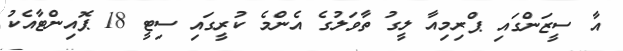
އާ ސީޒަންގައި ޕްރިމިއާ ލީގު ތާވަލުގެ އެންމެ ކުރީގައި ސިޓީ 18 ޕޮއިންޓާއެކު